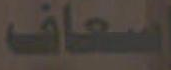
اسعاف